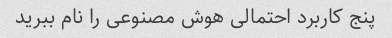
پنج کاربرد احتمالی هوش مصنوعی را نام ببرید